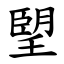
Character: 朢